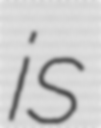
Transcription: is